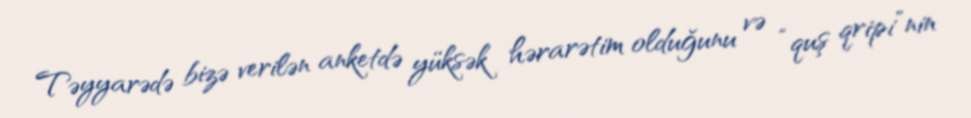
Təyyarədə bizə verilən anketdə yüksək hərarətim olduğunu və “quş qripi”nin